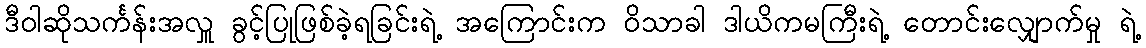
ဒီဝါဆိုသင်္ကန်းအလှူ ခွင့်ပြုဖြစ်ခဲ့ရခြင်းရဲ့ အကြောင်းက ဝိသာခါ ဒါယိကမကြီးရဲ့ တောင်းလျှောက်မှု ရဲ့